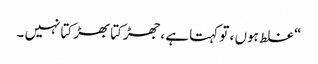
“ غلط ہوں ، تو کہتا ہے ،جھڑکتا بھڑکتانہیں ۔